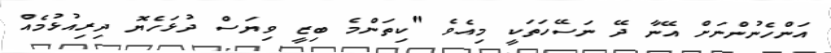
އަންހެނުންނަށް އޭނާ ދޭ ނަސޭހަތަކީ މިއެވެ "ކިތަންމެ ބިޒީ ވިޔަސް ދުޅަހެޔޮ ދިރިއުޅުމެއް